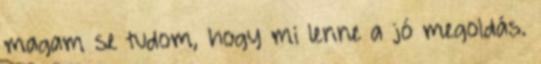
magam se tudom, hogy mi lenne a jó megoldás.